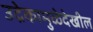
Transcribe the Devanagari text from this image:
उद्रेकामुळेदेखील